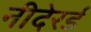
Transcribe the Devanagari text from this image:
नीदेरर्ड